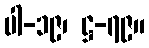
ပါ-၁၉၊ ဋ္ဌ-၇၉။